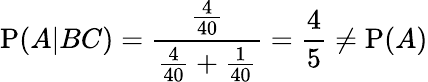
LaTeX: \mathrm{P}(A|BC)={\frac{\frac{4}{40}}{{\frac{4}{40}}+{\frac{1}{40}}}}={\frac{4}{5}}\neq\mathrm{P}(A)